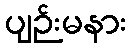
ပျဉ်းမနား